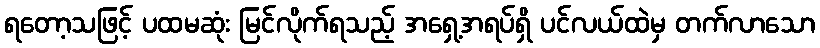
ရတော့သဖြင့် ပထမဆုံး မြင်လိုက်ရသည့် အရှေ့အရပ်ရှိ ပင်လယ်ထဲမှ တက်လာသော